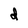
Character: d